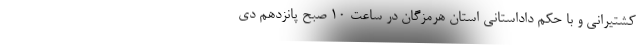
کشتیرانی و با حکم داداستانی استان هرمزگان در ساعت ۱۰ صبح پانزدهم دی